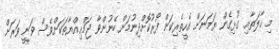
މި ޙާލަތާއި ގުޅިގެން ޔަމަނަށް އެހީތެރިކަން ފޯރުކޮށްދިނުމަށް ބޭނުންވާ ޖަމްޢިއްޔާތަކަށްވެސް ވަނީ ވަރަށް